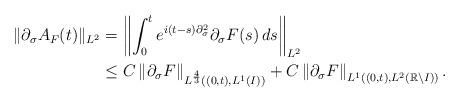
LaTeX: \begin{align*}\|\partial_\sigma A_F(t)\|_{L^2}&=\left\|\int_0^t e^{i(t-s)\partial_\sigma^2}\partial_\sigma F(s)\,ds\right\|_{L^2}\\&\leq C\left\|\partial_\sigma F\right\|_{L^\frac 43 ((0,t),L^1(I))}+C\left\|\partial_\sigma F\right\|_{L^1((0,t),L^2(\mathbb R\setminus I))}.\end{align*}